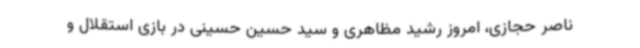
ناصر حجازی، امروز رشید مظاهری و سید حسین حسینی در بازی استقلال و